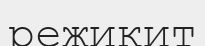
режикит